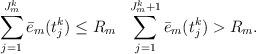
LaTeX: \begin{align*} \sum_{j=1}^{J_m^k}\bar{e}_m(t_j^k)\leq R_m~~\sum_{j=1}^{J_m^k+1}\bar{e}_m(t_j^k)> R_m. \end{align*}